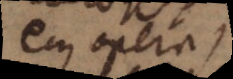
ejus opera).